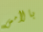
بالأمس